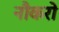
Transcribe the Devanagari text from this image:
नौकरो